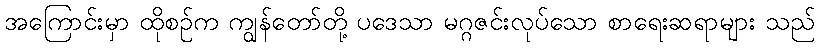
အကြောင်းမှာ ထိုစဉ်က ကျွန်တော်တို့ ပဒေသာ မဂ္ဂဇင်းလုပ်သော စာရေးဆရာများ သည်